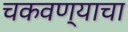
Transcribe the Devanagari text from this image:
चकवण्याचा